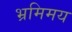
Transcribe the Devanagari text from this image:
भ्रमिमय